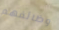
وظائفهم